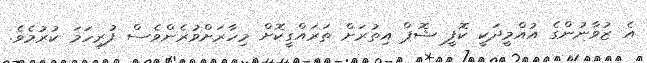
އެ ޒުވާނުންގެ އުއްމީދަކީ ކޮފީ ޝޮޕް އިތުރަށް ތަރައްގީކޮށް މިހާރަށްވުރެންވެސް ފުރިހަމަ ކުރުމެވެ.